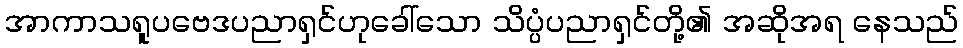
အာကာသရူပဗေဒပညာရှင်ဟုခေါ်သော သိပ္ပံပညာရှင်တို့၏ အဆိုအရ နေသည်